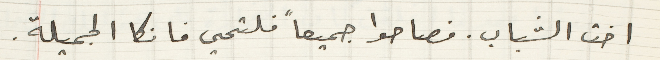
اخت الشباب. فصاحوا جميعاً فلتحي فانكا الجميلة.